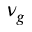
\nu _ { g }